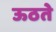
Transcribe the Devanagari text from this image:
ऊठते